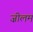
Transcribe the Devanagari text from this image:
ज़ीलम